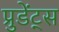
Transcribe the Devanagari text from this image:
प्रुडेंट्स